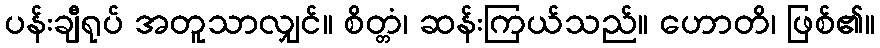
ပန်းချီရုပ် အတူသာလျှင်။ စိတ္တံ၊ ဆန်းကြယ်သည်။ ဟောတိ၊ ဖြစ်၏။